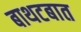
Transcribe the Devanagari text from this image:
बाथटबात